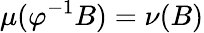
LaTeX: \mu(\varphi^{-1}B)=\nu(B)